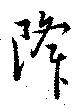
降